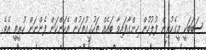
ސަބަބަކީ މީގެކުރިން ފުލުހުން ހިންގާފައިވާ ބައެއް ތަހުގީގުތަކުން އެކަންކަން ފެންނަން ހުރީތީ އެވެ.